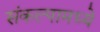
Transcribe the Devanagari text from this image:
संकल्पामध्ये